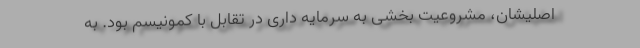
اصلیشان، مشروعیت بخشی به سرمایه داری در تقابل با کمونیسم بود. به